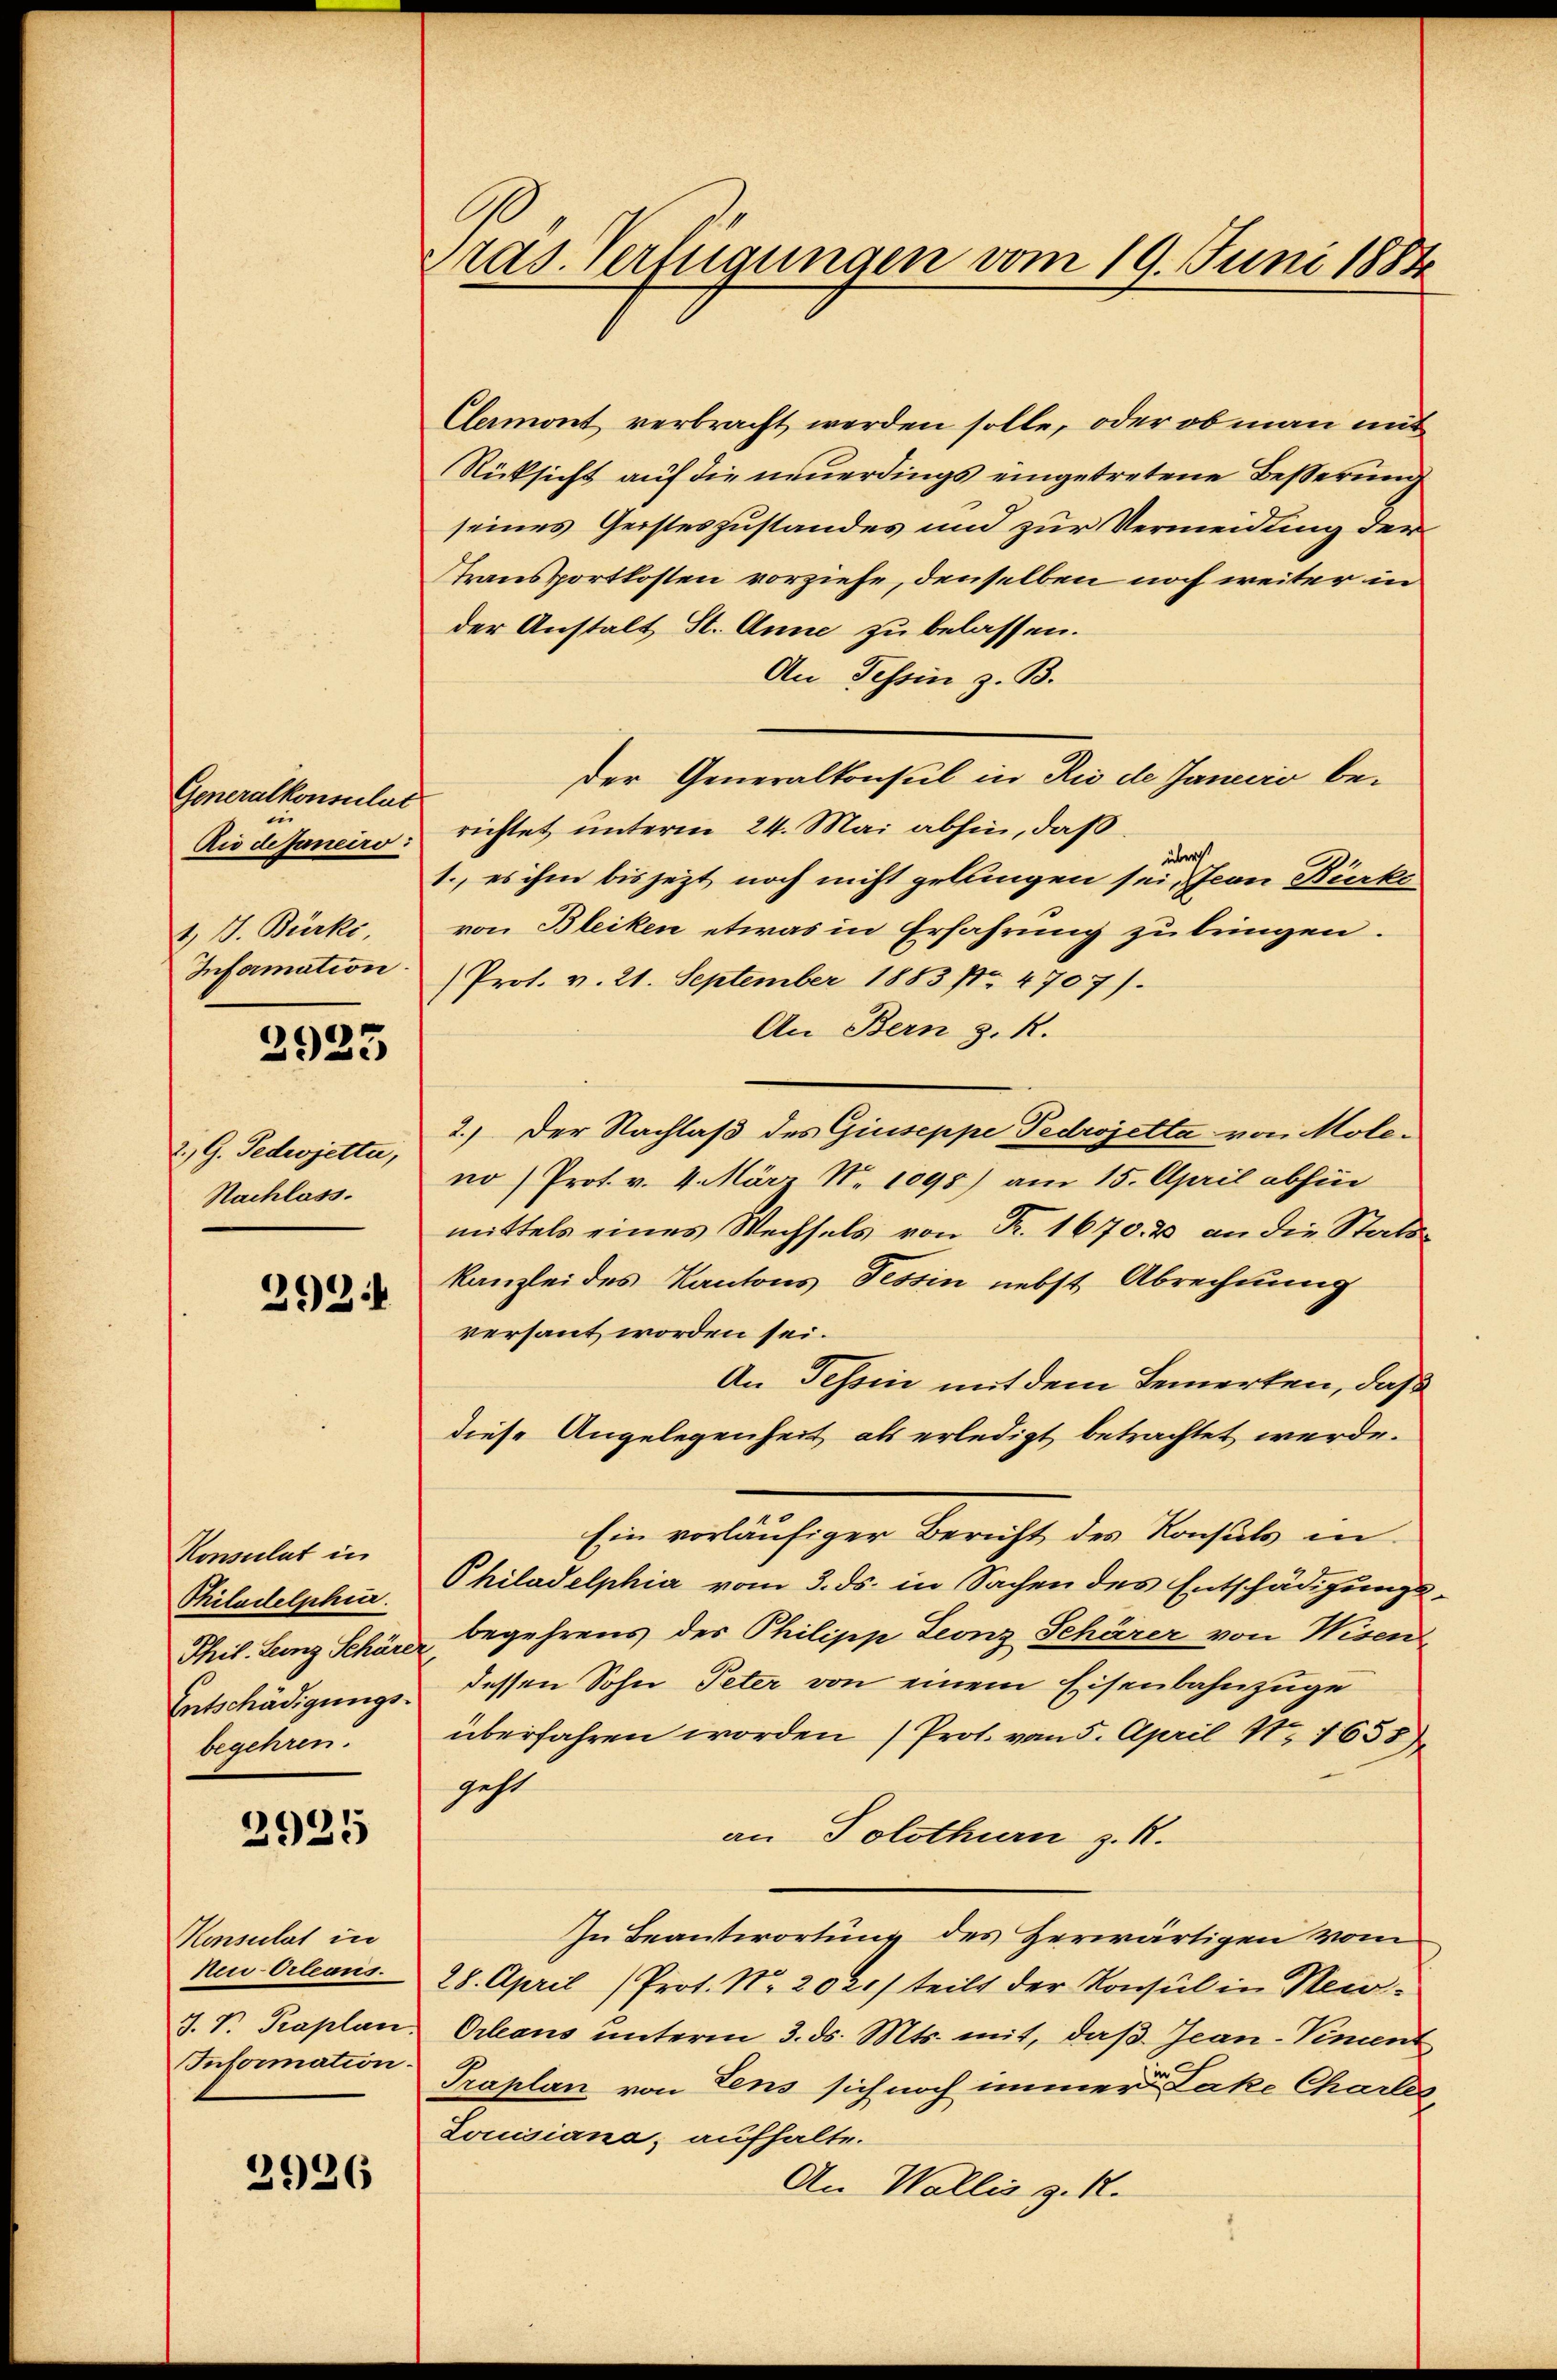
Generalkonsulat
Rio dejaneiro.
1 J. Bürki
Information

2923

2., G. Gedeojetta,
Nachlass.
292:

Konsulat in
Philadelphur.
Thil. Leing Schäre
Entschädigungsbegehren.

2925

Honsulat in
Neu-Orleans.
J. P. Paplan.
Information.

2926

Pras. Verfügungen vom 19. Juni 1884

Clamont verbracht werden solle, oder ob man mit
Rücksicht auf die neuerdings eingetretene Besserung
seines Geisteszustandes und zur Vermeidung der
Transportkosten vorziehe, denselben noch weiter in
der Anstalt St. Anne zu belassen.
An Tessin z. B.
Der Generalkonsul in Rio de Janeiro berichtet unterm 24. Mai abhin, daß
überst
1., es ihm bis jezt noch nicht gellingen sei sian Bürke
von Bleiken etwas in Erfahrung zu bringen.
Prot. v. 21. September 1883 n 4707).
An Bern z. R.
2.) Der Nachlaß des Giuseppe Pedrojetta von Moleno Prot. v. 4. März N. 1095) am 15. April abhin
mittels eines Wechsels von Fr. 1670. & an die Statskanzlei des Kantons Tessin nebst Abrechnung
versant worden sei.
An Tessin mit dem Bemerken, daß
diese Angelegenheit als erledigt betrachtet werde.
Ein vorläufiger Bericht des Konsuls in
Philadelphia vom 3. ds. in Sachen des Entschädigungsbegehrens des Philipp Leonz Schärer von Wisen
dessen Sohn Peter von einem Eisenbahnzuge
überfahren worden (Prot. vom 5. April N. 1655
geht
an Solothurn z. R.
In Beantwortung des Herwärtigen vom
28. April (Prot. No. 2021/ teilt der Konsul in New-
Orleans unterm 3. ds. Mts. mit, daß Jean-Vincent
Praplan von dens sich noch immer Lake Charler,
Louisiano, aufhalte.
An Wallis z. R.